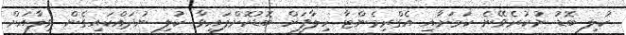
ކުލި ބޮޑު ނުކުރެވޭނެ ކަމަށާއި އެގްރިމެންޓާ ހިލާފަށް ބޮޑުކޮށްފައިވާ ކުލި ނުދައްކައިގެން ވިލާއަށް